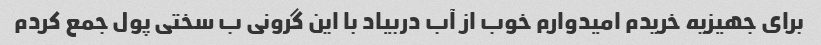
برای جهیزیه خریدم امیدوارم خوب از آب دربیاد با این گرونی ب سختی پول جمع کردم